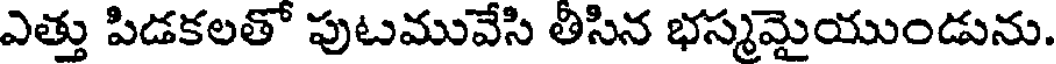
ఎత్తు పిడకలతో పుటమువేసి తీసిన భస్మమైయుండును.